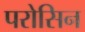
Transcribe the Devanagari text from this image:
परोसिन